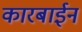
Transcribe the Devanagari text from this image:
कारबाईन